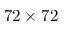
7 2 \times 7 2